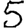
Digit: 5